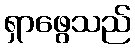
ရှာဖွေသည်